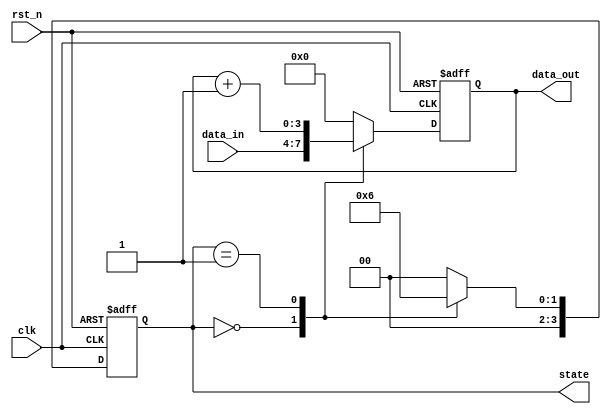
module synchronous_design (
    input wire clk,          // Clock input
    input wire rst_n,       // Active-low reset
    input wire [3:0] data_in, // 4-bit input data
    output reg [3:0] data_out, // 4-bit output data
    output reg [3:0] state   // 4-bit state register
);

    // State encoding
    parameter IDLE = 4'b0000;
    parameter RUN  = 4'b0001;
    parameter DONE = 4'b0010;

    // Always block for synchronous behavior
    always @(posedge clk or negedge rst_n) begin
        if (!rst_n) begin
            // Reset state and output on reset
            state <= IDLE;
            data_out <= 4'b0000;
        end else begin
            // Update state and output based on current state
            case (state)
                IDLE: begin
                    // Transition to RUN state
                    state <= RUN;
                    data_out <= data_in; // Reflect input data
                end
                RUN: begin
                    // Transition to DONE state
                    state <= DONE;
                    data_out <= data_out + 1; // Increment output
                end
                DONE: begin
                    // Transition back to IDLE state
                    state <= IDLE;
                    data_out <= 4'b0000; // Reset output
                end
                default: begin
                    // Default case (should not occur)
                    state <= IDLE;
                    data_out <= 4'b0000;
                end
            endcase
        end
    end

endmodule